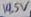
Text: 14.5V